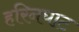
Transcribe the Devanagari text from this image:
हरिनघाट